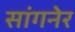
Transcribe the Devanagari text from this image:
सांगनेर